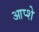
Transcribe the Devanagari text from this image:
आप्शे